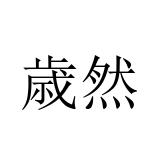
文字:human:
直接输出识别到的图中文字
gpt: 歳然